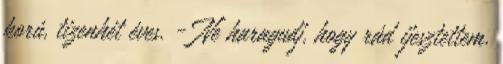
korú, tizenhét éves. - Ne haragudj, hogy rád ijesztettem.